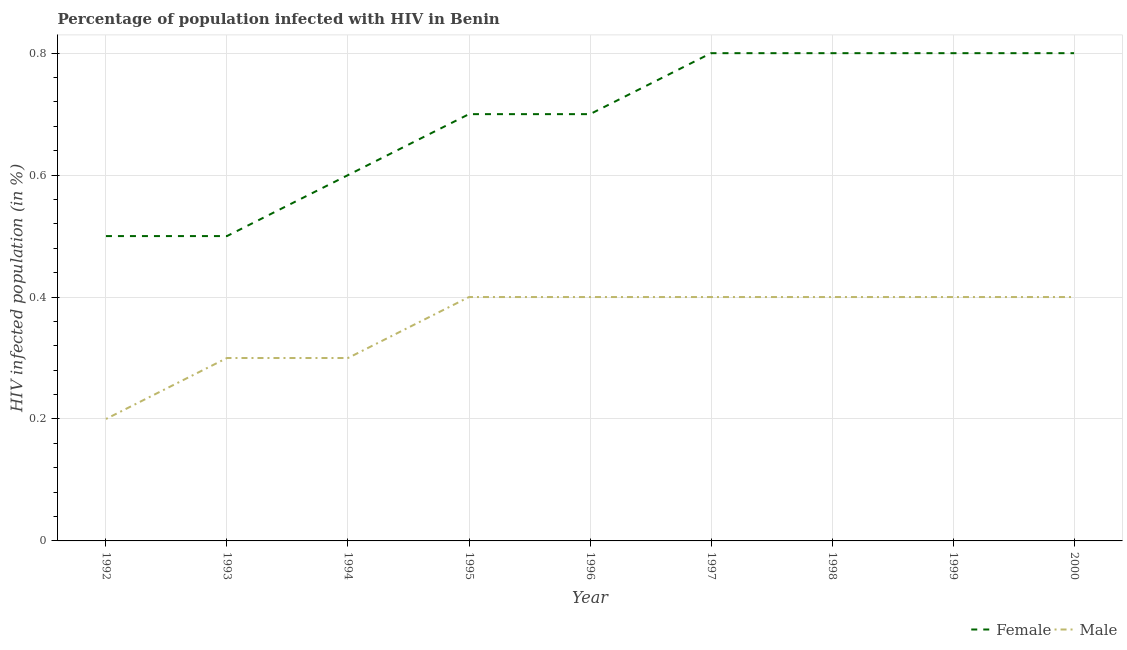
| Year | Female | Male |
 | --- | --- | --- |
 | 1992 | 0.5 | 0.2 |
 | 1993 | 0.5 | 0.3 |
 | 1994 | 0.6 | 0.3 |
 | 1995 | 0.7 | 0.4 |
 | 1996 | 0.7 | 0.4 |
 | 1997 | 0.8 | 0.4 |
 | 1998 | 0.8 | 0.4 |
 | 1999 | 0.8 | 0.4 |
 | 2000 | 0.8 | 0.4 |